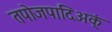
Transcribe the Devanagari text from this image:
तपोजपादिअक्ं